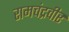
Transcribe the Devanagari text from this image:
रामचंद्रवीर